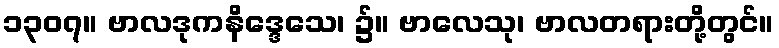
၁၃၀၇။ ဗာလဒုကနိဒ္ဒေသေ၊ ၌။ ဗာလေသု၊ ဗာလတရားတို့တွင်။